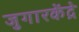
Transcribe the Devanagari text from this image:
जुगारकेंद्रे